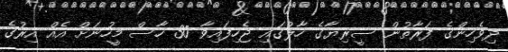
ދިވެހިންގެ ފަރާތުން ސީރިޔާގެ ހާލުގައި ޖެހިފައިވާ 30 ހާސް މީހުނަށް އެއް އިރުގެ